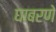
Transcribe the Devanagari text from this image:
घाबरणे